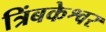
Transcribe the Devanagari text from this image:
त्रिंबकेश्वर